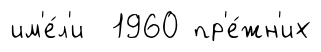
им'е́л'и 1960 пр'е́жн'их